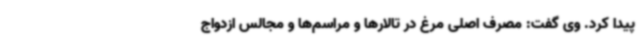
پیدا کرد. وی گفت: مصرف اصلی مرغ در تالارها و مراسم‌ها و مجالس ازدواج